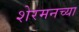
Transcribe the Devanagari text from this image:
शेरमनच्या